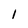
Character: 1